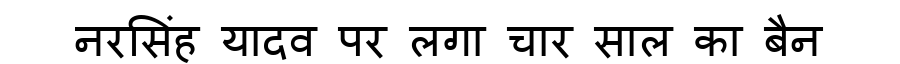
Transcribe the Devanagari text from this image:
नरसिंह यादव पर लगा चार साल का बैन